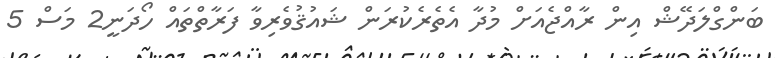
ބަންގްލަދޭޝް އިން ރާއްޖެއަށް މުދާ އެތެރެކުރަން ޝައުޤުވެރިވާ ފަރާތްތައް ހޯދަނީ2 މަސް 5